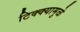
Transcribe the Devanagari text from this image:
टिक्क्यामुळे